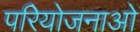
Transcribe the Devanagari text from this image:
परिेयोजनाओं